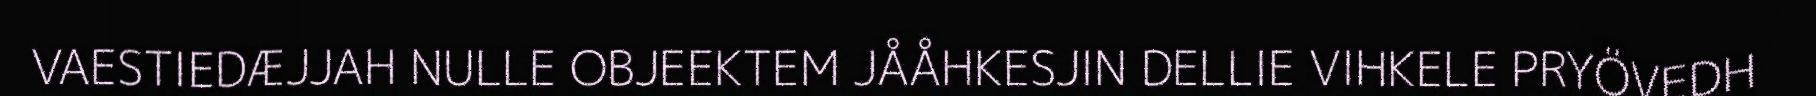
VAESTIEDÆJJAH NULLE OBJEEKTEM JÅÅHKESJIN DELLIE VIHKELE PRYÖVEDH